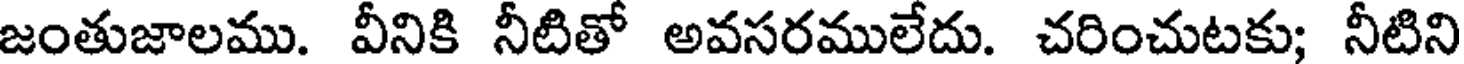
జంతుజాలము. వీనికి నీటితో అవసరములేదు. చరించుటకు; నీటిని